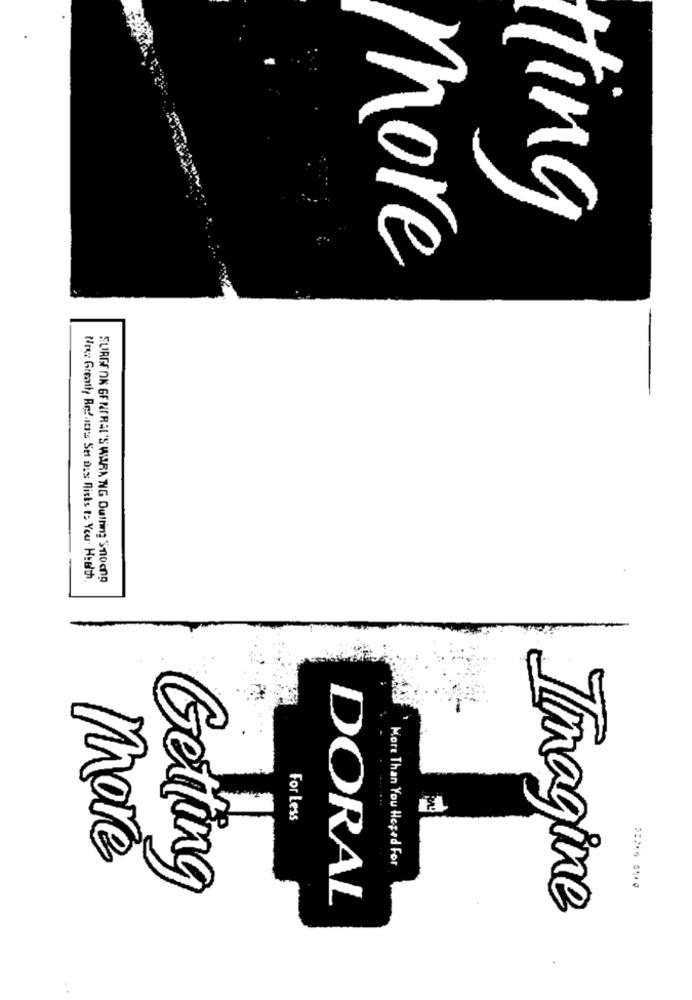
rting
more
Nros Greath Ref.itis Set Des Risks t: You. Health.
SURGE OK GENERAL'S WARA NG Duthing Snoong
For Less
more
More Than You Heard For
Getting
DORAL
Timagine